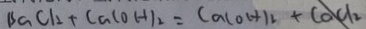
B a C l _ { 2 } + C a ( O H ) _ { 2 } = C a ( O H ) _ { 2 } + C a C l _ { 2 }